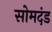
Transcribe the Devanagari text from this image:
सोमदंड